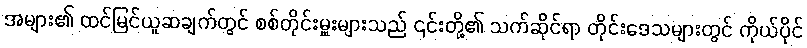
အများ၏ ထင်မြင်ယူဆချက်တွင် စစ်တိုင်းမှူးများသည် ၎င်းတို့၏ သက်ဆိုင်ရာ တိုင်းဒေသများတွင် ကိုယ်ပိုင်